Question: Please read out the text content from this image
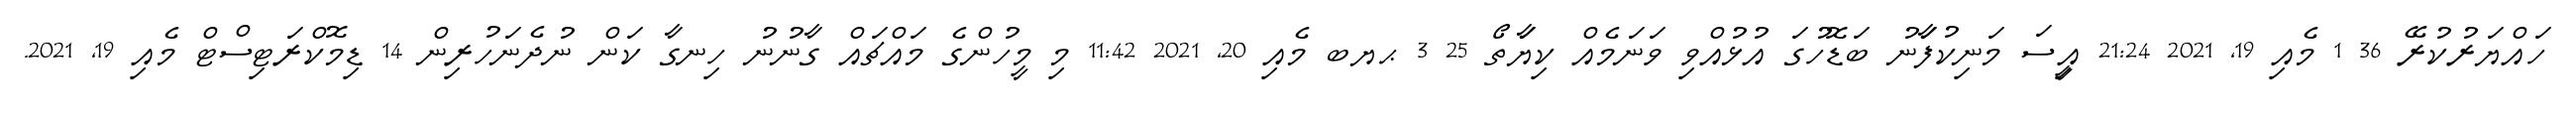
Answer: ހައްޔަރުކުރޭ 36 1 މެއި 19, 2021 21:24 އިީސަ މަނިކުފަާނު ބަޑޮހުގަ އުޅުއްވި ވަނަމެއް ކިޔަާތޯ 25 3 ޙޔބ މެއި 20, 2021 11:42 މި މީހުންގެ މައްޗައް ގާނުނު ހިނގާ ކަން ނުދެނަހުރިން 14 ޑިމޮކްރަޓިސްޓް މެއި 19, 2021.